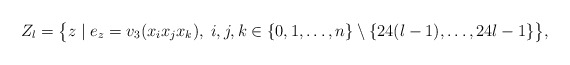
\begin{align*} Z_l = \bigl\{ z \;|\; e_z = v_3(x_i x_j x_k),\; i,j,k \in \{0,1,\ldots,n\}\setminus\{24(l-1),\ldots,24l-1\} \bigr\},\end{align*}